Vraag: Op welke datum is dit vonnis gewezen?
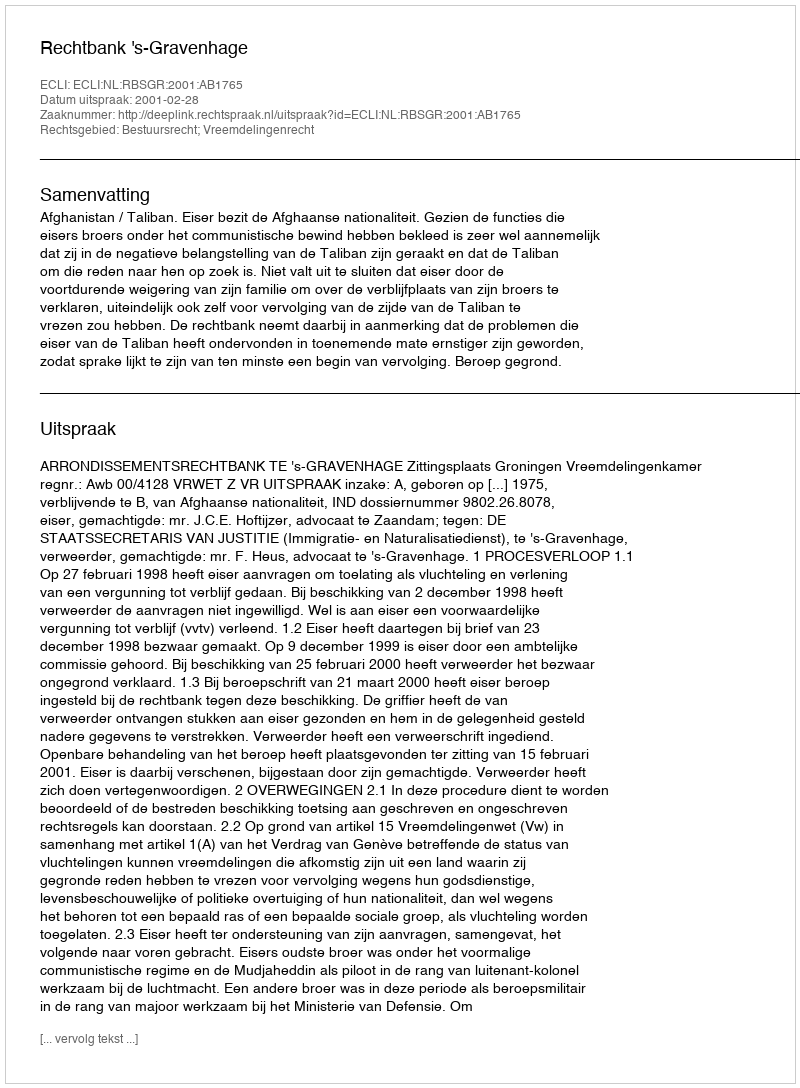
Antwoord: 2001-02-28